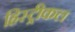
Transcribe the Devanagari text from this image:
हिस्ट्रीकल